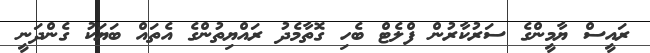
ރައީސް ޔާމީންގެ ސަރުކާރުން ފްލެޓް ބެހި ގޮތާމެދު ރައްޔިތުންގެ އެތައް ބަޔަކު ގެންދަނީ